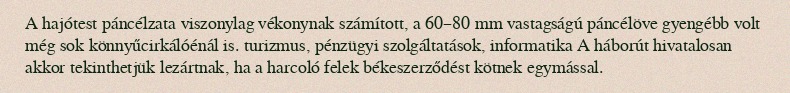
A hajótest páncélzata viszonylag vékonynak számított, a 60–80 mm vastagságú páncélöve gyengébb volt még sok könnyűcirkálóénál is. turizmus, pénzügyi szolgáltatások, informatika A háborút hivatalosan akkor tekinthetjük lezártnak, ha a harcoló felek békeszerződést kötnek egymással.